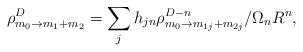
LaTeX: \begin{align*}\rho^D_{m_0\rightarrow m_1+m_2} = \sum_{j} h_{jn} \rho^{D-n}_{m_0\rightarrow m_{1j}+m_{2j}}/\Omega_nR^n,\end{align*}